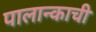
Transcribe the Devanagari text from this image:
पालान्काची